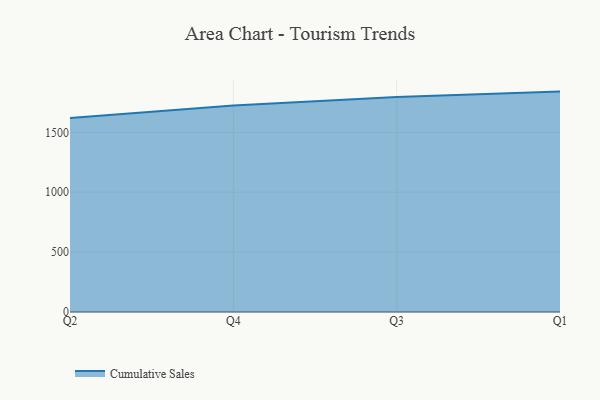
{"axis": {"x": "Quarter", "y": "Humidity (%)"}, "legend": ["Cumulative Sales"], "data": [{"x": "Q2", "y": 1619.1, "type": "Cumulative Sales"}, {"x": "Q4", "y": 1724.6, "type": "Cumulative Sales"}, {"x": "Q3", "y": 1794.9, "type": "Cumulative Sales"}, {"x": "Q1", "y": 1840.1, "type": "Cumulative Sales"}]}